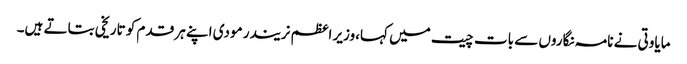
مایاوتی نے نامہ نگاروں سے بات چیت میں کہا،وزیر اعظم نریندر مودی اپنے ہر قدم کو تاریخی بتاتے ہیں۔